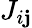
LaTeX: J_{i\mathbf{j}}